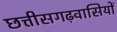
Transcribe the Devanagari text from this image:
छत्तीसगढ़वासियों